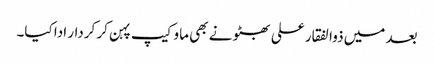
بعد میں ذوالفقار علی بھٹو نے بھی ماو کیپ پہن کر کردار ادا کیا۔